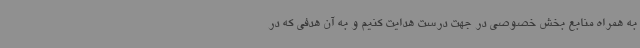
به همراه منابع بخش خصوصی در جهت درست هدایت کنیم و به آن هدفی که در